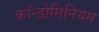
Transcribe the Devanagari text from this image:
कॉन्डोमिनियम